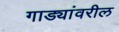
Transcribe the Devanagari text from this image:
गाड्यांवरील